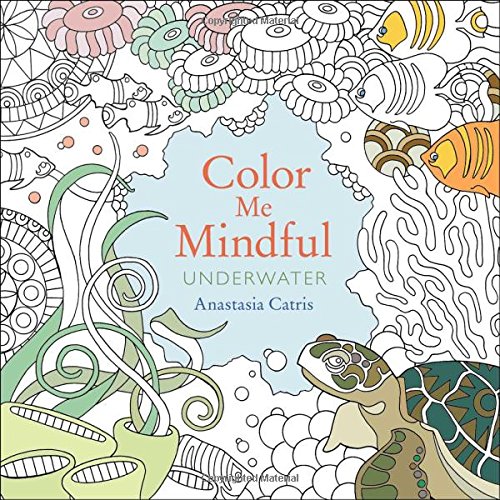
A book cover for Color Me Mindful: Underwater; Anastasia Catris; Humor & Entertainment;